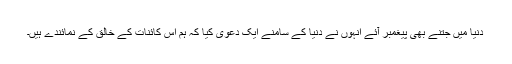
دنیا میں جتنے بھی پیغمبر آئے انہوں نے دنیا کے سامنے ایک دعویٰ کیا کہ ہم اس کائنات کے خالق کے نمائندے ہیں۔